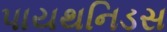
પાયથનિડસ